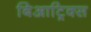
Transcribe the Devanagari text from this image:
बिआट्रिक्स